Civil Veterinary Department. United Provinces 1923-31 - 1923-1931
Year: 1923
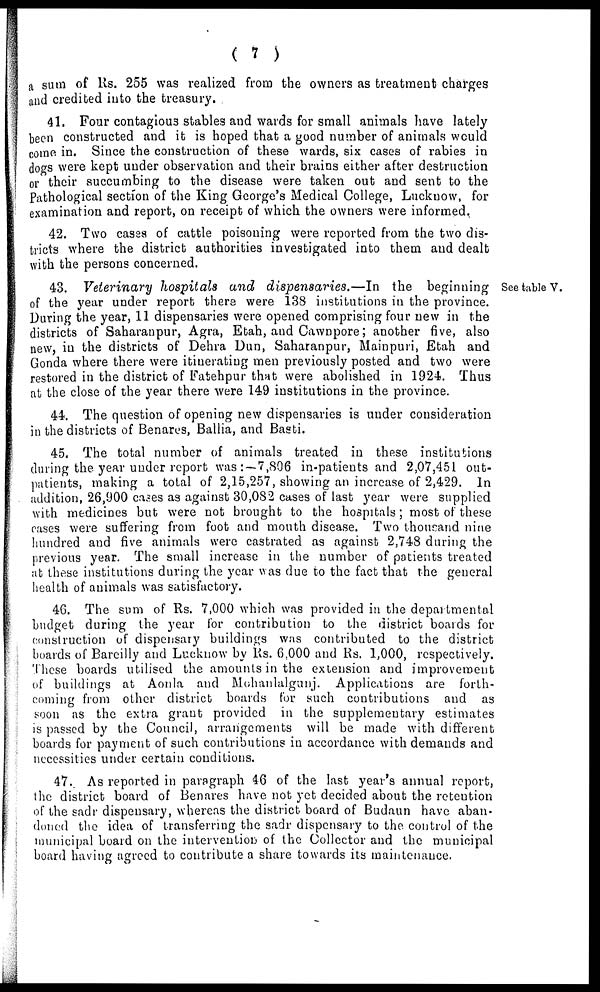
( 7 )
a sum of Rs. 255 was realized from the owners as treatment charges
and credited into the treasury.
41. Four contagious stables and wards for small animals have lately
been constructed and it is hoped that a good number of animals would
come in. Since the construction of these wards, six cases of rabies in
dogs were kept under observation and their brains either after destruction
or their succumbing to the disease were taken out and sent to the
Pathological section of the King George's Medical College, Luckuow, for
examination and report, on receipt of which the owners were informed.
42. Two cases of cattle poisoning were reported from the two dis-
tricts where the district authorities investigated into them and dealt
with the persons concerned.
See table V.
43. Veterinary hospitals and dispensaries.—In
the beginning
of the year under report there were 138 institutions in the province.
During the year, 11 dispensaries were opened comprising four new in the
districts of Saharanpur, Agra, Etah, and Cawnpore; another five, also
new, in the districts of Dehra Dun, Saharanpur, Mainpuri, Etah and
Gonda where there were itinerating men previously posted and two were
restored in the district of Fatehpur that were abolished in 1924. Thus
at the close of the year there were 149 institutions in the province.
44. The question of opening new dispensaries is under consideration
in the districts of Benares, Ballia, and Basti.
45. The total number of animals treated in these institutions
during the year under report was: —7,806 in-patients and 2,07,451 out-
patients, making a total of 2,15,257, showing an increase of 2,429. In
addition, 26,900 cases as against 30,0S2 cases of last year were supplied
with medicines but were not brought to the hospitals; most of these
cases were suffering from foot and mouth disease. Two thousand nine
hundred and five animals were castrated as against 2,748 during the
previous year. The small increase in the number of patients treated
at these institutions during the year was due to the fact that the general
health of animals was satisfactory.
46. The sum of Rs. 7,000 which was provided in the departmental
budget during the year for contribution to the district boards for
construction of dispensary buildings was contributed to the district
boards of Bareilly and Luckuow by Rs. 6,000 and Rs. 1,000, respectively.
These boards utilised the amounts in the extension and improvement
of buildings at Aonla and Mohaulalgunj. Applications are forth-
coming from other district boards for such contributions and as
soon as the extra grant provided in the supplementary estimates
is passed by the Council, arrangements will be made with different
boards for payment of such contributions in accordance with demands and
necessities under certain conditions.
47. As reported in paragraph 46 of the last year's annual report,
the district board of Benares have not yet decided about the reteution
of the sadr dispensary, whereas the district board of Budaun have aban-
doned the idea of transferring the sadr dispensary to the. control of the
municipal board on the intervention of the Collector and the municipal
board having agreed to contribute a share towards its maintenance.